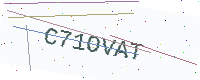
Text: C71OVAT